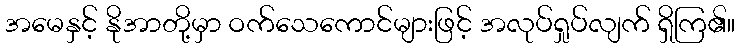
အမေနှင့် နိုအာတို့မှာ ဝက်သေကောင်များဖြင့် အလုပ်ရှုပ်လျက် ရှိကြ၏။